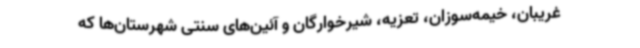
غریبان، خیمه‌سوزان، تعزیه، شیرخوارگان و آئین‌های سنتی شهرستان‌ها که